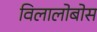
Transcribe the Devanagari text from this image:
विलालोबोस